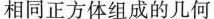
相同正方体组成的几何